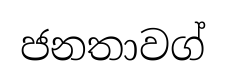
ජනතාවග්